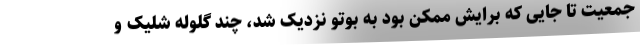
جمعیت تا جایی که برایش ممکن بود به بوتو نزدیک شد، چند گلوله شلیک و